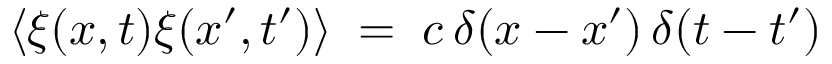
\langle \xi ( x , t ) \xi ( x ^ { \prime } , t ^ { \prime } ) \rangle \; = \; c \, \delta ( x - x ^ { \prime } ) \, \delta ( t - t ^ { \prime } )